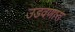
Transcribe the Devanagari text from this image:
उडवणारा